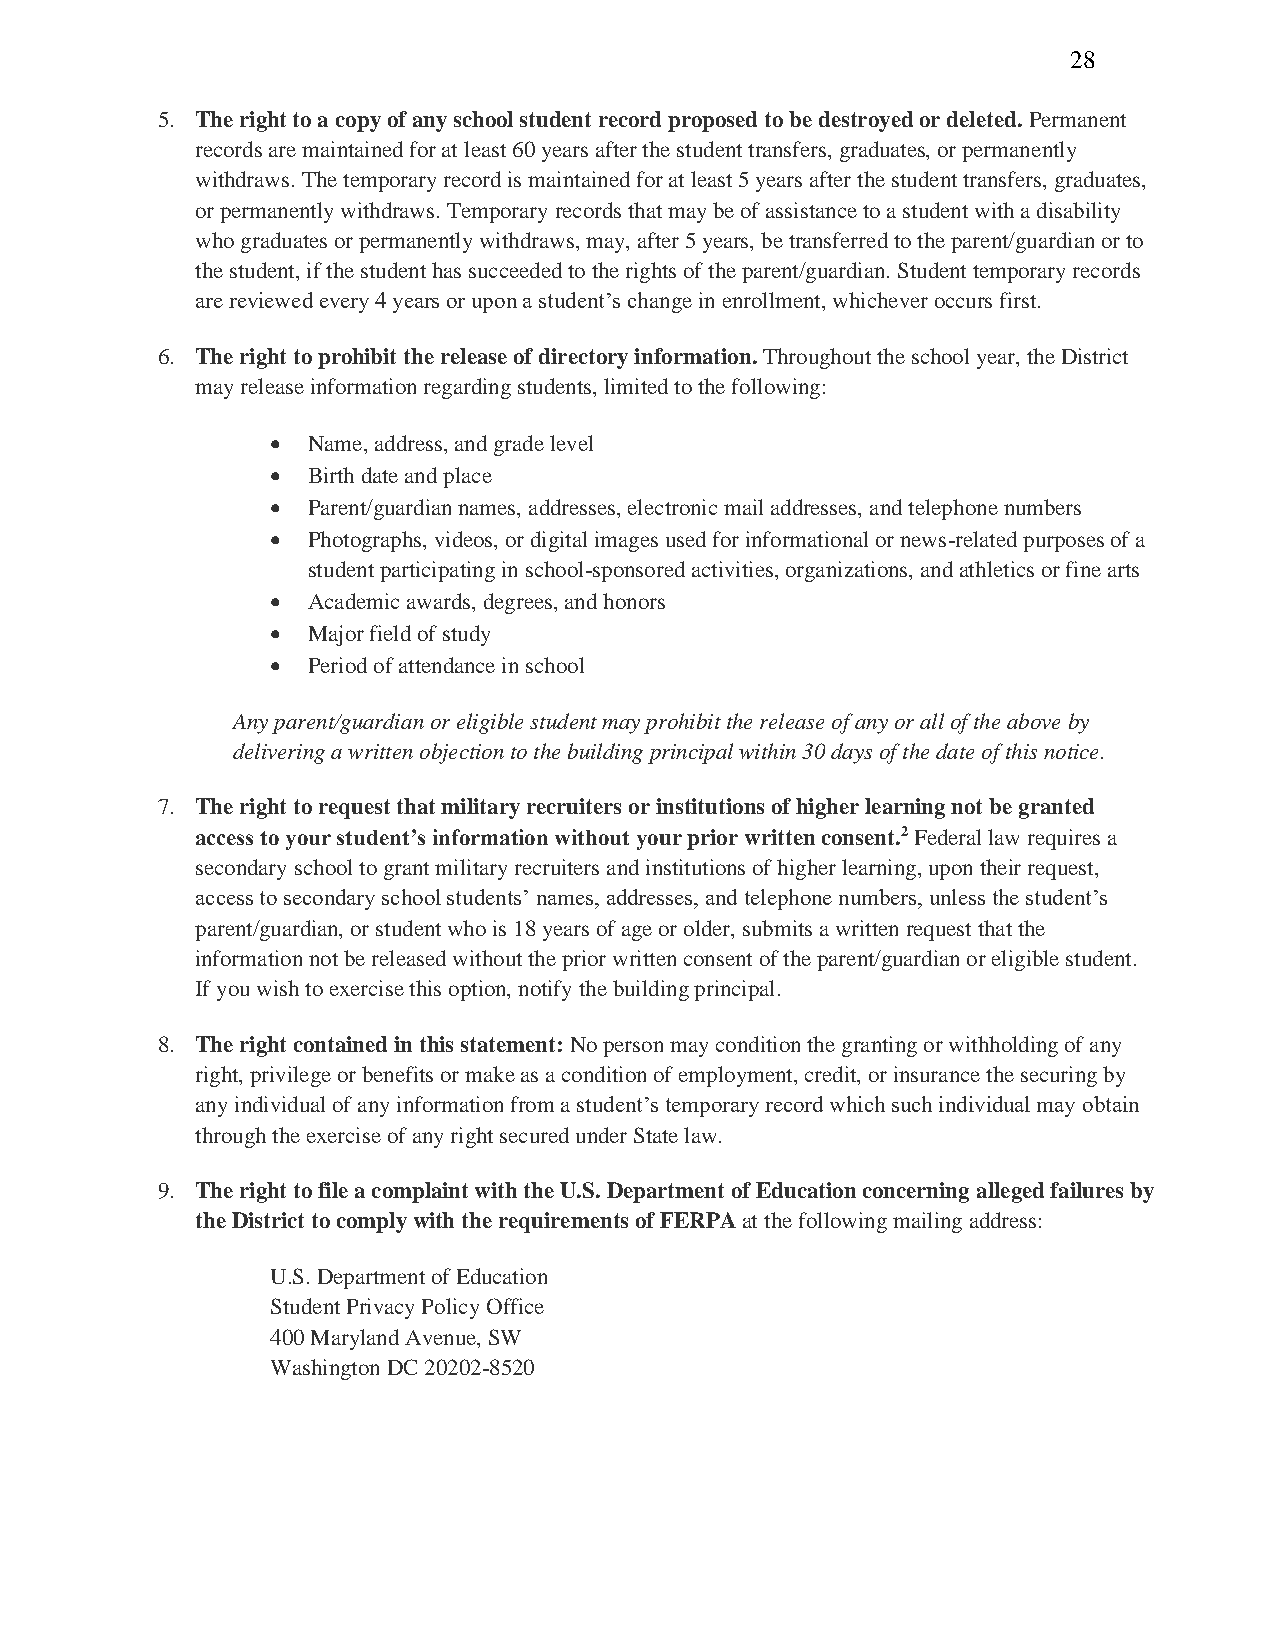
28
 5. The right to a copy of any school student record proposed to be destroyed or deleted. Permanent
 records are maintained for at least 60 years after the student transfers, graduates, or permanently
 withdraws. The temporary record is maintained for at least 5 years after the student transfers, graduates,
 or permanently withdraws. Temporary records that may be of assistance to a student with a disability
 who graduates or permanently withdraws, may, after 5 years, be transferred to the parent/guardian or to
 the student, if the student has succeeded to the rights of the parent/guardian. Student temporary records
 are reviewed every 4 years or upon a student’s change in enrollment, whichever occurs first.
 6. The right to prohibit the release of directory information. Throughout the school year, the District
 may release information regarding students, limited to the following:
 • Name, address, and grade level
 • Birth date and place
 • Parent/guardian names, addresses, electronic mail addresses, and telephone numbers
 • Photographs, videos, or digital images used for informational or news-related purposes of a
 student participating in school-sponsored activities, organizations, and athletics or fine arts
 • Academic awards, degrees, and honors
 • Major field of study
 • Period of attendance in school
 Any parent/guardian or eligible student may prohibit the release of any or all of the above by
 delivering a written objection to the building principal within 30 days of the date of this notice.
 7. The right to request that military recruiters or institutions of higher learning not be granted
 access to your student’s information without your prior written consent.2 Federal law requires a
 secondary school to grant military recruiters and institutions of higher learning, upon their request,
 access to secondary school students’ names, addresses, and telephone numbers, unless the student’s
 parent/guardian, or student who is 18 years of age or older, submits a written request that the
 information not be released without the prior written consent of the parent/guardian or eligible student.
 If you wish to exercise this option, notify the building principal.
 8. The right contained in this statement: No person may condition the granting or withholding of any
 right, privilege or benefits or make as a condition of employment, credit, or insurance the securing by
 any individual of any information from a student’s temporary record which such individual may obtain
 through the exercise of any right secured under State law.
 9. The right to file a complaint with the U.S. Department of Education concerning alleged failures by
 the District to comply with the requirements of FERPA at the following mailing address:
 U.S. Department of Education
 Student Privacy Policy Office
 400 Maryland Avenue, SW
 Washington DC 20202-8520